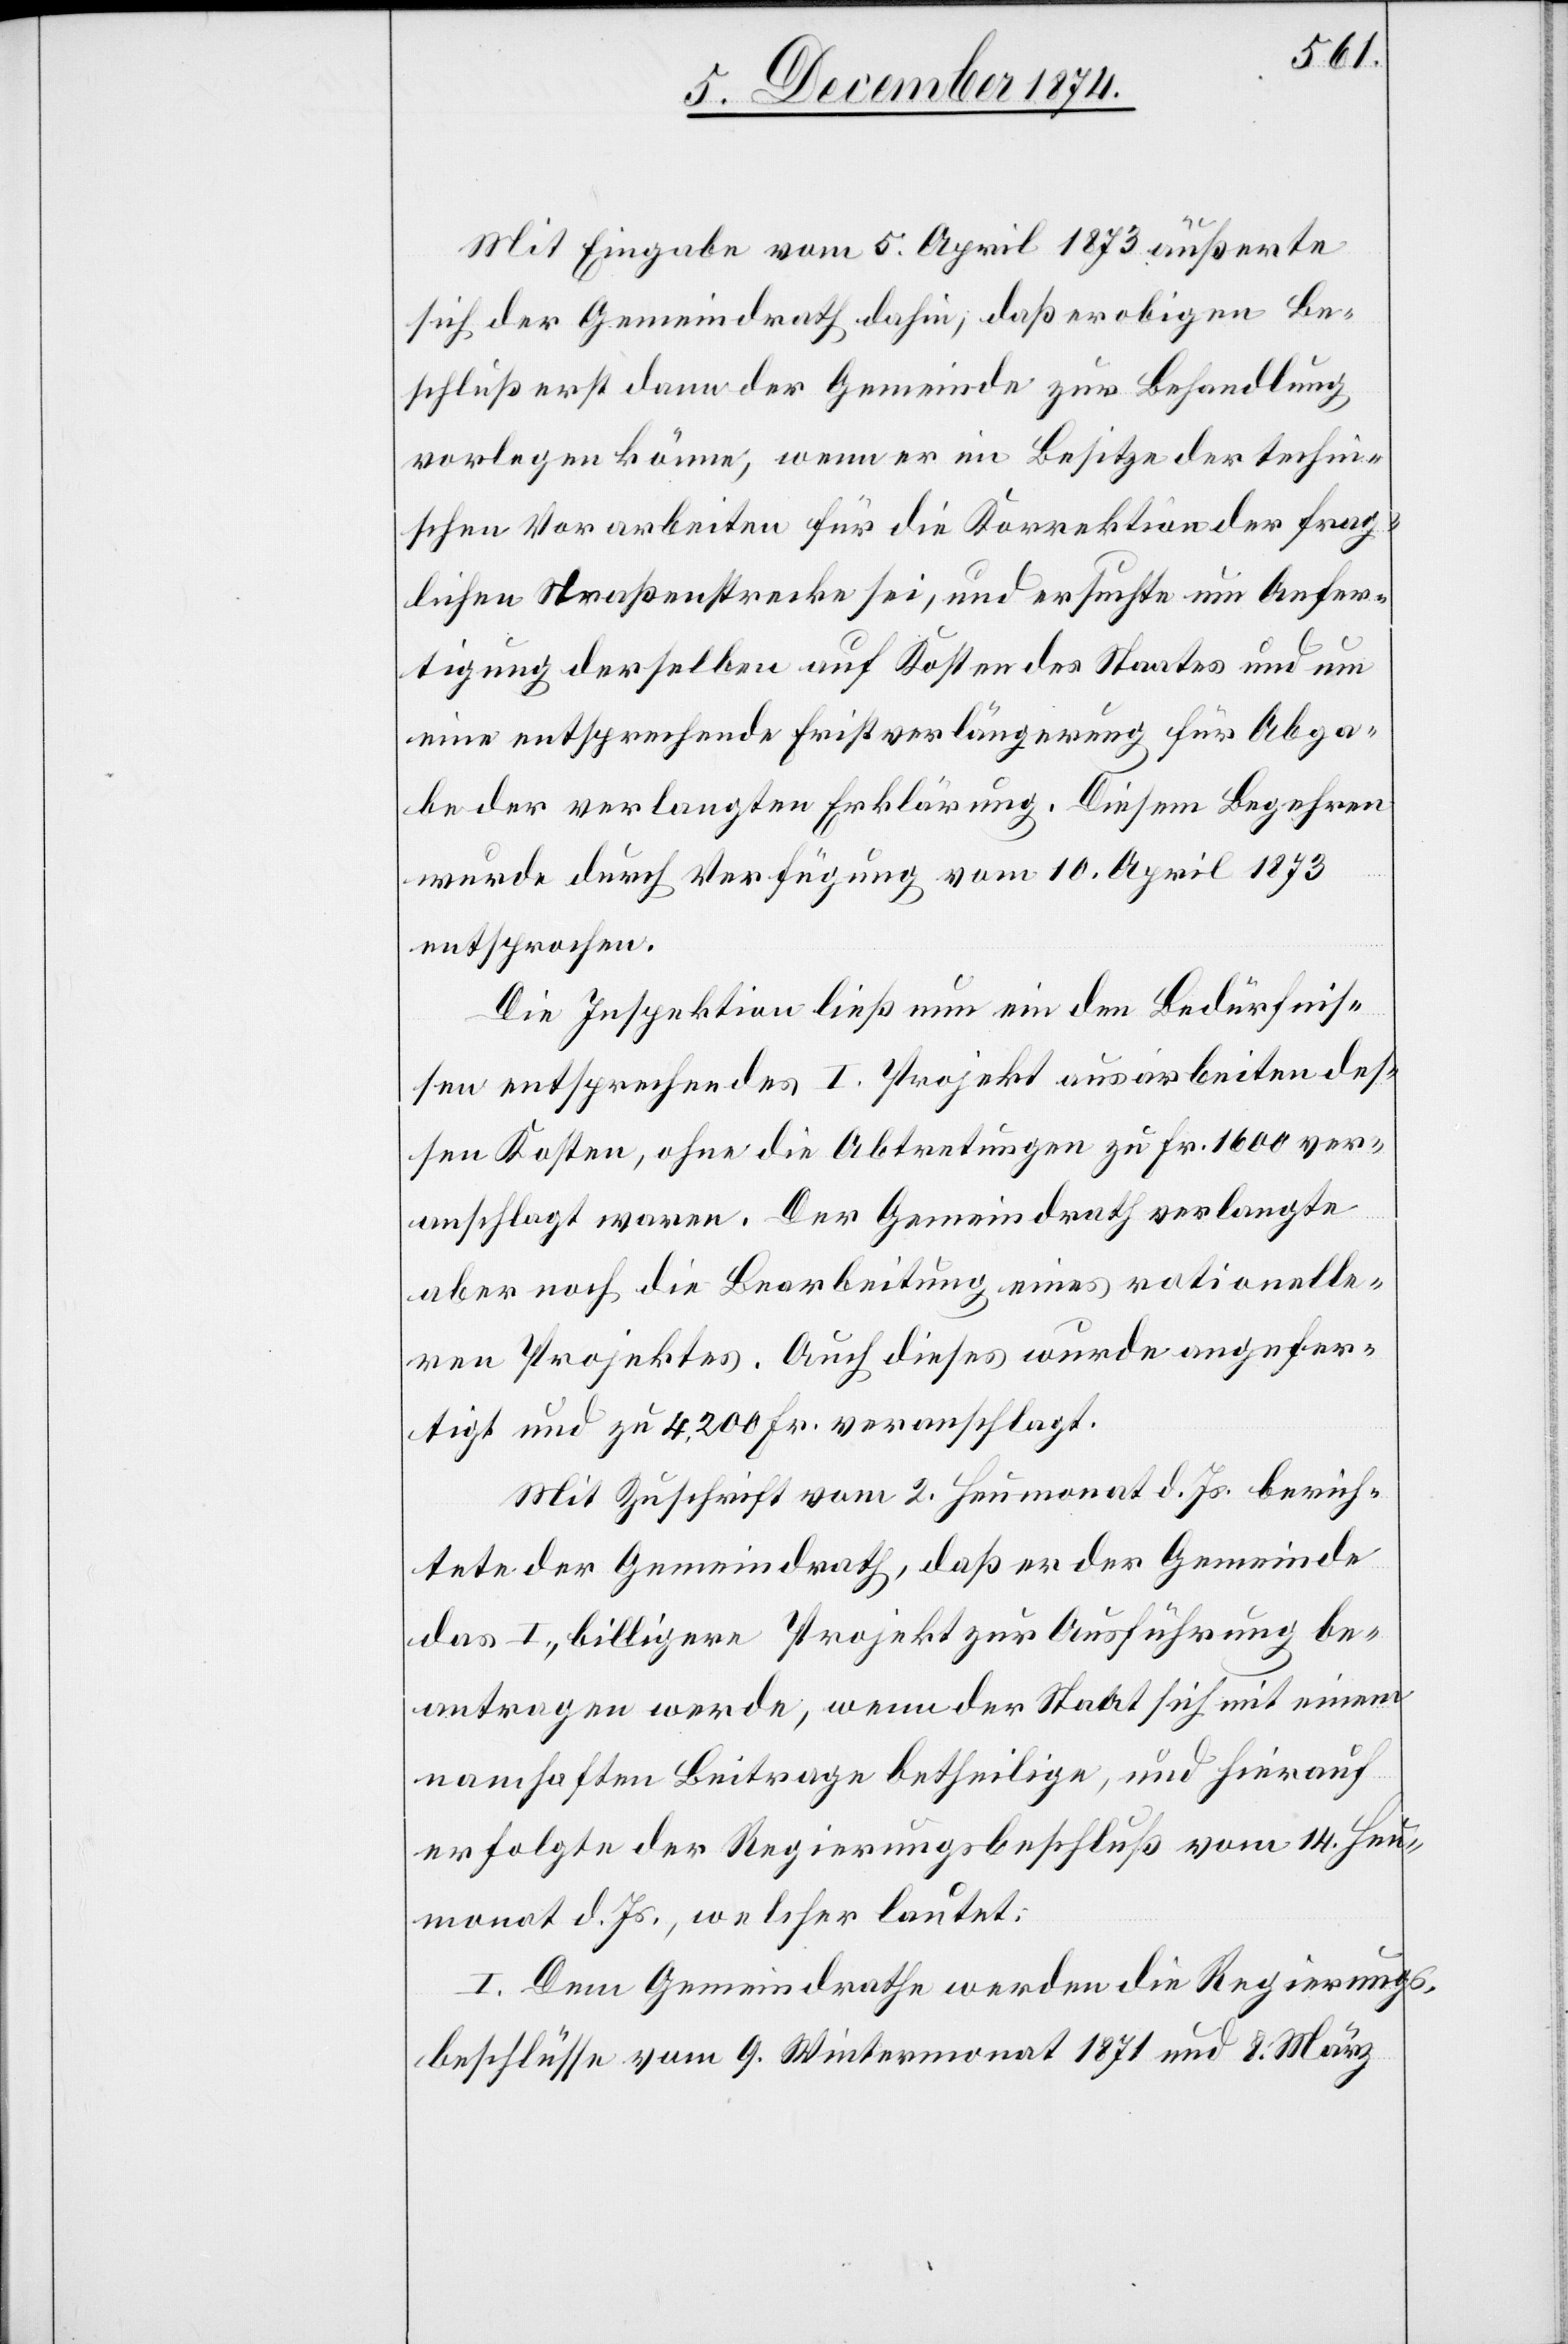
Mit Eingabe vom 5. April 1873 äußerte
sich der Gemeindrath dahin, daß er obigen Be¬
schluß erst dann der Gemeinde zur Behandlung
vorlegen könne, wenn er im Besitze der techni¬
schen Vorarbeiten für die Korrektion der frag¬
lichen Straßenstrecke sei, und ersuchte um Anfer¬
tigung derselben auf Kosten des Staates und um
eine entsprechende Fristverlängerung für Abga¬
be der verlangten Erklärung. Diesem Begehren
wurde durch Verfügung vom 10. April 1873
entsprochen.
Die Inspektion ließ nun ein den Bedürfnis¬
sen entsprechendes I. Projekt ausarbeiten[,] des¬
sen Kosten, ohne die Abtretungen zu Fr. 1600 ver¬
anschlagt waren. Der Gemeindrath verlangte
aber noch die Bearbeitung eines rationell¬
en Projektes. Auch dieses wurde angefer¬
tigt und zu 4200 Fr. veranschlagt.
Mit Zuschrift vom 2. Heumonat d. Js. berich¬
tete der Gemeindrath, daß er der Gemeinde
das I., billigere Projekt zur Ausführung be¬
antragen werde, wenn der Staat sich mit einem
namhaften Beitrage betheilige, und hierauf
erfolgte der Regierungsbeschluß vom 14. Heu¬
monat d. Js., welcher lautet:
I. Dem Gemeindrathe werden die Regierungs¬
beschlüsse vom 9. Wintermonat 1871 und 8. März